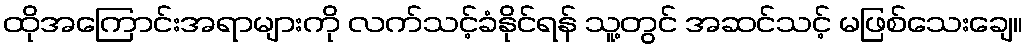
ထိုအကြောင်းအရာများကို လက်သင့်ခံနိုင်ရန် သူ့တွင် အဆင်သင့် မဖြစ်သေးချေ။